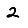
Digit: 2